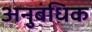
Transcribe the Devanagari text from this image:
अनुबंधिक